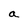
Character: a